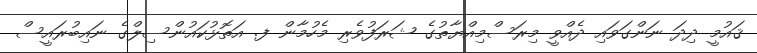
ޤައުމީ ދިދަ ނަންގަވައި ދެއްވީ މިރަސްމިއްޔާތުގެ ޝަރަފުވެރި މެހުމާން ފ. އަތޮޅުކައުންސިލްގެ ނައިބުރައީސް